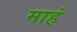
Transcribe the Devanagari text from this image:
माहं